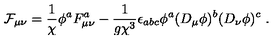
{ \cal F } _ { \mu \nu } = \frac { 1 } { \chi } \phi ^ { a } F _ { \mu \nu } ^ { a } - \frac { 1 } { g \chi ^ { 3 } } \epsilon _ { a b c } \phi ^ { a } ( D _ { \mu } \phi ) ^ { b } ( D _ { \nu } \phi ) ^ { c } \ .